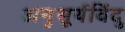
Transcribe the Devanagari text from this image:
अनुसूर्यविंदु